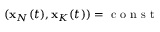
( { \bf x } _ { N } ( t ) , { \bf x } _ { K } ( t ) ) = \mathrm { ~ c ~ o ~ n ~ s ~ t ~ }